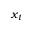
x _ { t }